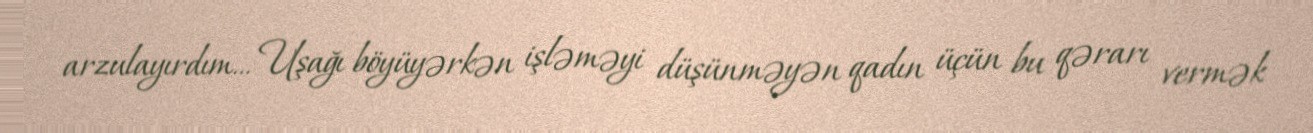
arzulayırdım… Uşağı böyüyərkən işləməyi düşünməyən qadın üçün bu qərarı vermək